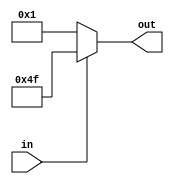
module transcodor(input in, output reg[6:0] out);
	always@(in) begin
		if (in) begin
			out <= 7'b1001111;
		end
		else begin
			out <= 7'b0000001;
		end
	end
endmodule